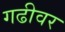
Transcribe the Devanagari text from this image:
गढीवर